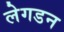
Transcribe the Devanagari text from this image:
लेगडन